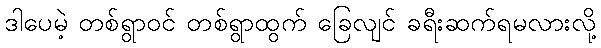
ဒါပေမဲ့ တစ်ရွာဝင် တစ်ရွာထွက် ခြေလျင် ခရီးဆက်ရမလားလို့